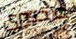
مصيري